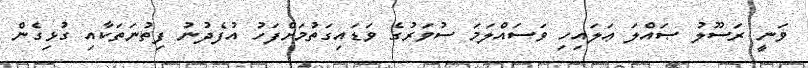
ވަނީ ރަސޫލު ޞައްލަ ޢަލައިހި ވަސައްލަމަ ސުވަރުގެ ވަޑައިގަތުމަށްފަހު އުފެދުނު ފިތުނަތަކާއި ގުޅިގެން